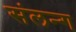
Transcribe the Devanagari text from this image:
संलन्ग